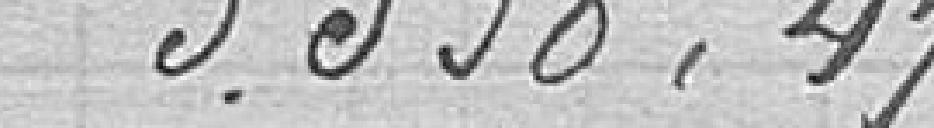
5538,47